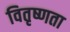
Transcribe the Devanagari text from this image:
वितृष्णता